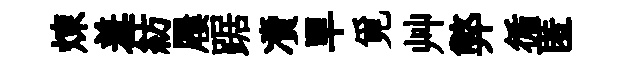
煉羞紡屨踞凟旱覓艸弊循匿